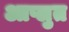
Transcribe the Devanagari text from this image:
आप्लुत